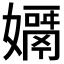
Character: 𡢓